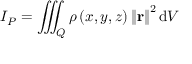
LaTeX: I _ { P } = \iiint _ { Q } \rho \left( x , y , z \right) \left\| \mathbf { r } \right\| ^ { 2 } \mathrm { d } V